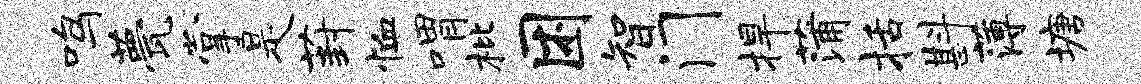
鸣甍掌是葑恤喟枇困智门捍蒲括斟薄塘